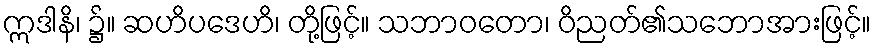
ဣဒါနိ၊ ၌။ ဆဟိပဒေဟိ၊ တို့ဖြင့်။ သဘာဝတော၊ ဝိညတ်၏သဘောအားဖြင့်။